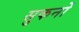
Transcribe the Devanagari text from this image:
सुकर्नो